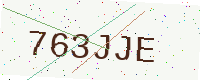
Text: 763JJE